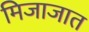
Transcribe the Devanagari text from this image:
मिजाजात